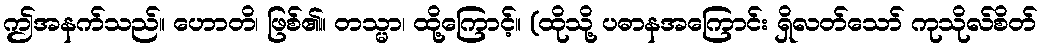
ဤအနက်သည်။ ဟောတိ၊ ဖြစ်၏။ တသ္မာ၊ ထို့ကြောင့်။ (ထိုသို့ ပဓာနအကြောင်း ရှိလတ်သော် ကုသိုလ်စိတ်